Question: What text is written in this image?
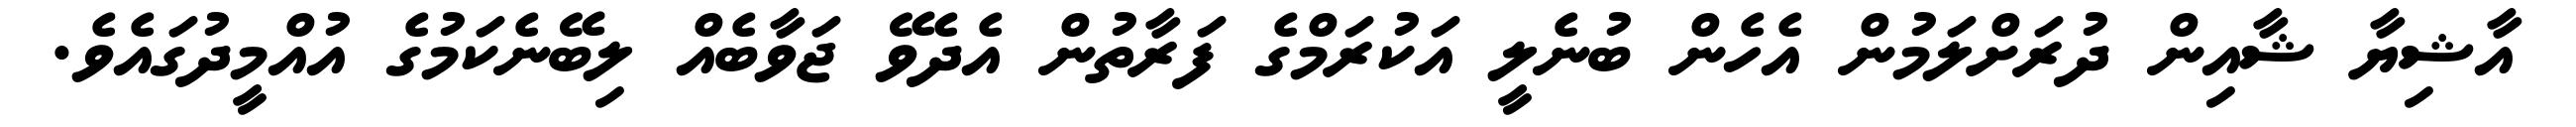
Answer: އާޝިޔާ ޝާއިން ދުރަށްލަމުން އެހެން ބުނެލީ އަކުރަމްގެ ފަރާތުން އެދެވޭ ޖަވާބެއް ލިބޭނެކަމުގެ އުއްމީދުގައެވެ.